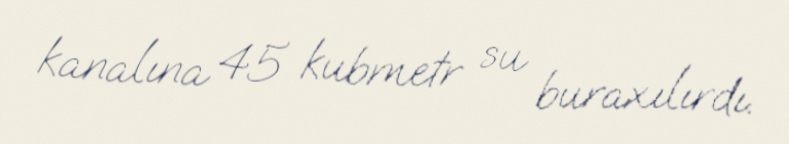
kanalına 45 kubmetr su buraxılırdı.